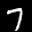
Label: 7